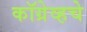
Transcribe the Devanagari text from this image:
कॉग्रेव्हचे